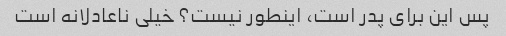
پس این برای پدر است، اینطور نیست؟ خیلی ناعادلانه است